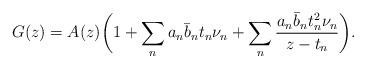
LaTeX: \begin{align*}G(z) = A(z)\bigg(1+ \sum_n a_n \bar b_n t_n \nu_n + \sum_n \frac{a_n \bar b_n t^2_n \nu_n}{z- t_n} \bigg).\end{align*}